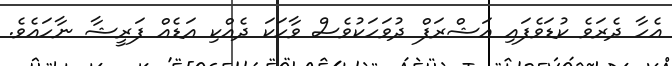
އެހާ ދެރަވެ ކުޑަވެފައި އަޝްރަފް ދުވަހަކުވެސް ވާހަކަ ދެއްކި އަޑެއް ފަރީޝާ ނާހައެވެ.